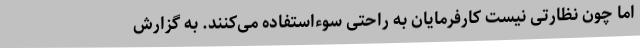
اما چون نظارتی نیست کارفرمایان به راحتی سوءاستفاده می‌کنند. به گزارش